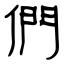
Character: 們